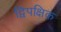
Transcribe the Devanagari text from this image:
द्विपक्षिक